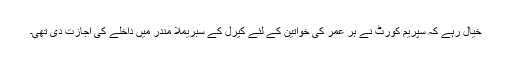
خیال رہے کہ سپریم کورٹ نے ہر عمر کی خواتین کے لئے کیرل کے سبریملا مندر میں داخلے کی اجازت دی تھی۔